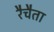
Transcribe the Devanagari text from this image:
रैचैता